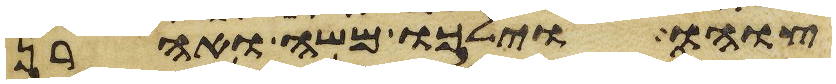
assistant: צוהו וילכו משה ואהרן